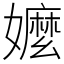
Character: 嬤